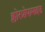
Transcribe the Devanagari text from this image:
क्लोरप्रोपामाइड